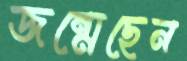
জন্মেছেন